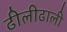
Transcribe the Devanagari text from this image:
ढीलीढाली